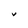
Character: V